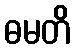
ဓမတိ